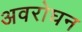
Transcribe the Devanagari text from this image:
अवरोघन